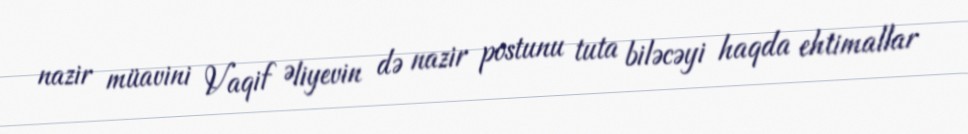
nazir müavini Vaqif Əliyevin də nazir postunu tuta biləcəyi haqda ehtimallar